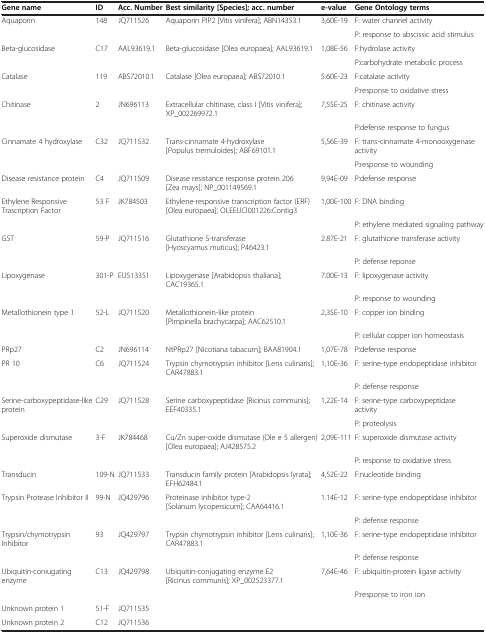
<table><thead><tr><td><b>Gene name</b></td><td><b>ID</b></td><td><b>Acc. Number</b></td><td><b>Best similarity [Species]; acc. number</b></td><td><b>e-value</b></td><td><b>Gene Ontology terms</b></td></tr></thead><tbody><tr><td>Aquaporin</td><td>148</td><td>JQ711526</td><td>Aquaporin PIP2 [Vitis vinifera]; ABN14353.1</td><td>3,60E-19</td><td>F: water channel activity</td></tr><tr><td> </td><td> </td><td> </td><td> </td><td> </td><td>P: response to abscissic acid stimulus</td></tr><tr><td>Beta-glucosidase</td><td>C17</td><td>AAL93619.1</td><td>Beta-glucosidase [Olea europaea]; AAL93619.1</td><td>1,08E-56</td><td>F:hydrolase activity</td></tr><tr><td> </td><td> </td><td> </td><td> </td><td> </td><td>P:carbohydrate metabolic process</td></tr><tr><td>Catalase</td><td>119</td><td>ABS72010.1</td><td>Catalase [Olea europaea]; ABS72010.1</td><td>5.60E-23</td><td>F:catalase activity</td></tr><tr><td> </td><td> </td><td> </td><td> </td><td> </td><td>P:response to oxidative stress</td></tr><tr><td>Chitinase</td><td>2</td><td>JN696113</td><td>Extracellular chitinase, class I [Vitis vinifera]; XP_002269972.1</td><td>7,55E-25</td><td>F: chitinase activity</td></tr><tr><td> </td><td> </td><td> </td><td> </td><td> </td><td>P:defense response to fungus</td></tr><tr><td>Cinnamate 4 hydroxylase</td><td>C32</td><td>JQ711532</td><td>Trans-cinnamate 4-hydroxylase [Populus tremuloides]; ABF69101.1</td><td>5,56E-39</td><td>F: trans-cinnamate 4-monooxygenase activity</td></tr><tr><td> </td><td> </td><td> </td><td> </td><td> </td><td>P:response to wounding</td></tr><tr><td>Disease resistance protein</td><td>C4</td><td>JQ711509</td><td>Disease resistance response protein 206 [Zea mays]; NP_001149569.1</td><td>9,94E-09</td><td>P:defense response</td></tr><tr><td>Ethylene Responsive Trascription Factor</td><td>53 F</td><td>JK784503</td><td>Ethylene-responsive transcription factor (ERF) [Olea europaea]; OLEEUCl001226:Contig3</td><td>1,00E-100</td><td>F: DNA binding</td></tr><tr><td> </td><td> </td><td> </td><td> </td><td> </td><td>P: ethylene mediated signaling pathway</td></tr><tr><td>GST</td><td>59-P</td><td>JQ711516</td><td>Glutathione S-transferase [Hyoscyamus muticus]; P46423.1</td><td>2.87E-21</td><td>F: glutathione transferase activity</td></tr><tr><td> </td><td> </td><td> </td><td> </td><td> </td><td>P: defense reponse</td></tr><tr><td>Lipoxygenase</td><td>301-P</td><td>EU513351</td><td>Lipoxygenase [Arabidopsis thaliana]; CAC19365.1</td><td>7.00E-13</td><td>F: lipoxygenase activity</td></tr><tr><td> </td><td> </td><td> </td><td> </td><td> </td><td>P: response to wounding</td></tr><tr><td>Metallothionein type 1</td><td>52-L</td><td>JQ711520</td><td>Metallothionein-like protein [Pimpinella brachycarpa]; AAC62510.1</td><td>2,35E-10</td><td>F: copper ion binding</td></tr><tr><td> </td><td> </td><td> </td><td> </td><td> </td><td>P: cellular copper ion homeostasis</td></tr><tr><td>PRp27</td><td>C2</td><td>JN696114</td><td>NtPRp27 [Nicotiana tabacum]; BAA81904.1</td><td>1,07E-78</td><td>P:defense response</td></tr><tr><td>PR 10</td><td>C6</td><td>JQ711524</td><td>Trypsin chymotrypsin inhibitor [Lens culinaris]; CAR47883.1</td><td>1,10E-36</td><td>F: serine-type endopeptidase inhibitor</td></tr><tr><td> </td><td> </td><td> </td><td> </td><td> </td><td>P: defense response</td></tr><tr><td>Serine-carboxypeptidase-like protein</td><td>C29</td><td>JQ711528</td><td>Serine carboxypeptidase [Ricinus communis]; EEF40335.1</td><td>1,22E-14</td><td>F: serine-type carboxypeptidase activity</td></tr><tr><td> </td><td> </td><td> </td><td> </td><td> </td><td>P: proteolysis</td></tr><tr><td>Superoxide dismutase</td><td>3-F</td><td>JK784468</td><td>Cu/Zn super-oxide dismutase (Ole e 5 allergen) [Olea europaea]; AJ428575.2</td><td>2,09E-111</td><td>F: superoxide dismutase activity</td></tr><tr><td> </td><td> </td><td> </td><td> </td><td> </td><td>P: response to oxidative stress</td></tr><tr><td>Transducin</td><td>109-N</td><td>JQ711533</td><td>Transducin family protein [Arabidopsis lyrata]; EFH62484.1</td><td>4,52E-22</td><td>F:nucleotide binding</td></tr><tr><td>Trypsin Protease Inhibitor II</td><td>99-N</td><td>JQ429796</td><td>Proteinase inhibitor type-2 [Solanum lycopersicum]; CAA64416.1</td><td>1.14E-12</td><td>F: serine-type endopeptidase inhibitor</td></tr><tr><td> </td><td> </td><td> </td><td> </td><td> </td><td>P: defense response</td></tr><tr><td>Trypsin/chymotrypsin Inhibitor</td><td>93</td><td>JQ429797</td><td>Trypsin chymotrypsin inhibitor [Lens culinaris]; CAR47883.1</td><td>1,10E-36</td><td>F: serine-type endopeptidase inhibitor</td></tr><tr><td> </td><td> </td><td> </td><td> </td><td> </td><td>P: defense response</td></tr><tr><td>Ubiquitin-coniugating enzyme</td><td>C13</td><td>JQ429798</td><td>Ubiquitin-conjugating enzyme E2 [Ricinus communis]; XP_002523377.1</td><td>7,64E-46</td><td>F: ubiquitin-protein ligase activity</td></tr><tr><td> </td><td> </td><td> </td><td> </td><td> </td><td>P:response to iron ion</td></tr><tr><td>Unknown protein 1</td><td>51-F</td><td>JQ711535</td><td> </td><td> </td><td> </td></tr><tr><td>Unknown protein 2</td><td>C12</td><td>JQ711536</td><td> </td><td> </td><td> </td></tr></tbody></table>